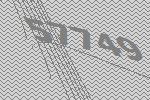
57749